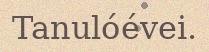
Tanulóévei.